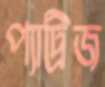
প্যাট্রিজ